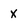
Character: x